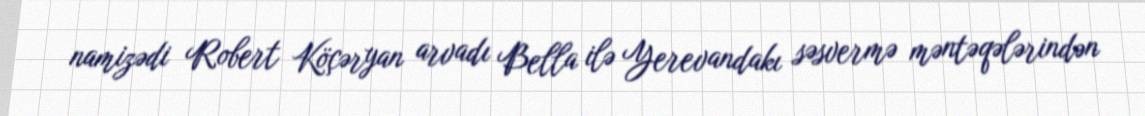
namizədi Robert Köçəryan arvadı Bella ilə Yerevandakı səsvermə məntəqələrindən